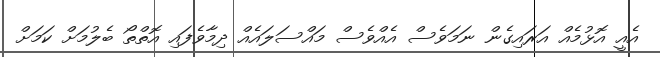
އެއީ އޮޅުމެއް އަރައިގެން ނަމަވެސް އެއްވެސް މައްސަލައެއް ދިމާވެފައި އޮތްތޯ ބެލުމަށް ކަމަށް